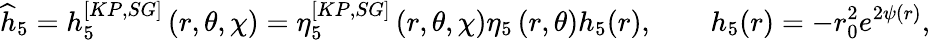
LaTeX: \widehat{h}_{5}=h_{5}^{[KP,SG]}\left(r,\theta,\chi\right)=\eta_{5}^{[KP,SG]}\left(r,\theta,\chi\right)\eta_{5}\left(r,\theta\right)h_{5}(r),\qquad h_{5}(r)=-r_{0}^{2}e^{2\psi(r)},